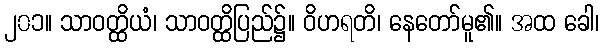
၂၀၁။ သာဝတ္ထိယံ၊ သာဝတ္ထိပြည်၌။ ဝိဟရတိ၊ နေတော်မူ၏။ အထ ခေါ၊